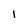
Character: l